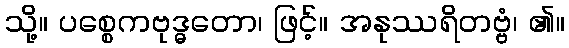
သို့။ ပစ္စေကဗုဒ္ဓတော၊ ဖြင့်။ အနုဿရိတဗ္ဗံ၊ ၏။